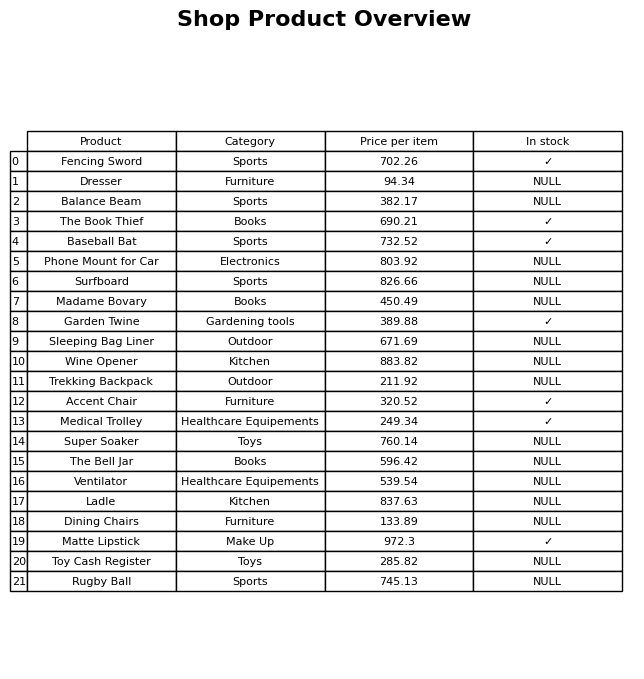
question: What is the price for Garden Twine?
answer: The price of Garden Twine is 389.88.